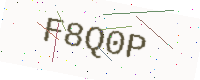
Text: F8Q0P